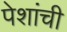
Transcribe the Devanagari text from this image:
पेशांची